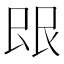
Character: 𬻼